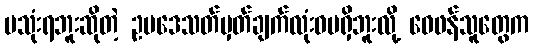
မသုံးရဘူးဆိုတဲ့ ဥပဒေသတ်မှတ်ချက်လုံးဝမရှိဘူးလို့ ဝေဖန်သူတွေက